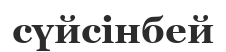
сүйсінбей